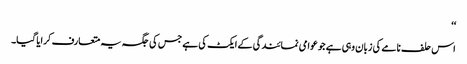
‘‘
اس حلف نامے کی زبان وہی ہے جو عوامی نمائندگی کے ایکٹ کی ہے جس کی جگہ یہ متعارف کرایا گیا۔